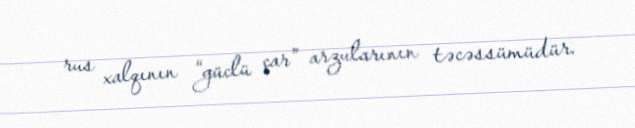
rus xalqının “güclü çar” arzularının təcəssümüdür.